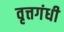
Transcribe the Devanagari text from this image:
वृत्तगंधी